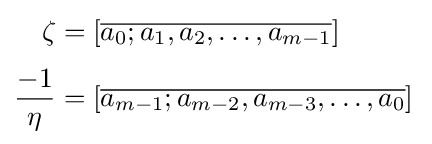
{\begin{aligned}\zeta &=[{\overline {a_{0};a_{1},a_{2},\dots ,a_{m-1}}}]\\[3pt]{\frac {-1}{\eta }}&=[{\overline {a_{m-1};a_{m-2},a_{m-3},\dots ,a_{0}}}]\,\end{aligned}}